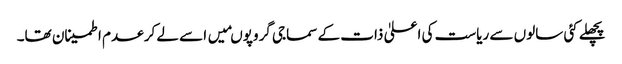
پچھلے کئی سالوں سے ریاست کی اعلیٰ ذات کے سماجی گروپوںمیں اسے لے کر عدم اطمینان تھا۔